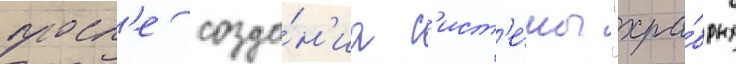
посл'е созда́н'иа с'ист'е́мы "хра́брых